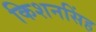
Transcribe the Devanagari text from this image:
किशनसिंह